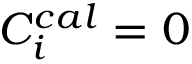
C _ { i } ^ { c a l } = 0